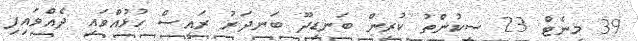
39 މިނެޓް 23 ސިކުންތު ކުރިން ބަނޑިދޫ ބަނދަރު ރައީސް ހުޅުއްވައި ދެއްވައިފި